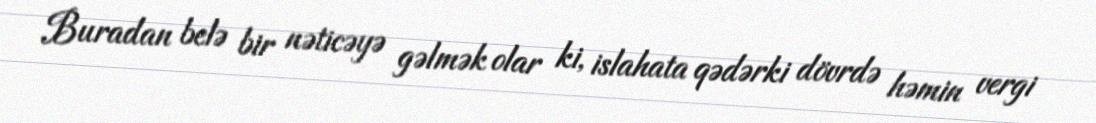
Buradan belə bir nəticəyə gəlmək olar ki, islahata qədərki dövrdə həmin vergi